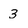
Character: 3